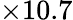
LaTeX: \times 10.7